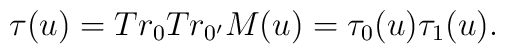
\tau(u)=Tr_0Tr_{0'}M(u)=\tau_0(u)\tau_1(u).